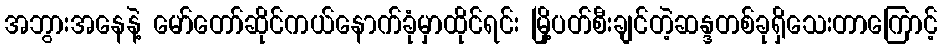
အဘွားအနေနဲ့ မော်တော်ဆိုင်ကယ်နောက်ခုံမှာထိုင်ရင်း မြို့ပတ်စီးချင်တဲ့ဆန္ဒတစ်ခုရှိသေးတာကြောင့်